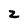
Character: z